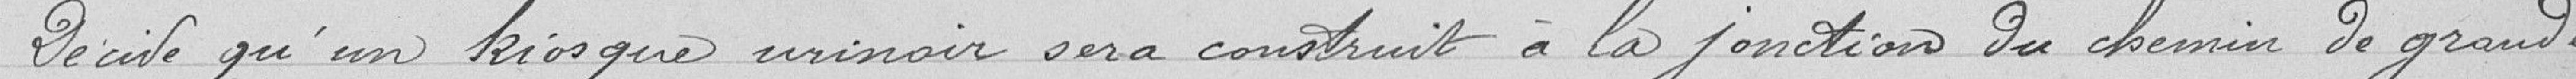
Décide qu'un kiosque urinoir sera construit à la jonction du chemin de grande